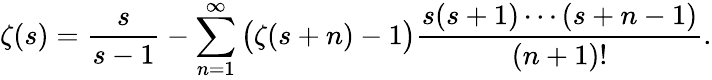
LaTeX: \zeta(s)={\frac{s}{s-1}}-\sum_{n=1}^{\infty}{\bigl(}\zeta(s+n)-1{\bigr)}{\frac{s(s+1)\cdots(s+n-1)}{(n+1)!}}.